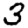
Digit: 3